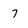
Character: 7